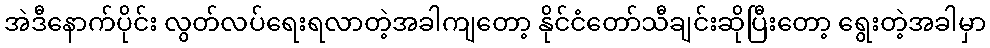
အဲဒီနောက်ပိုင်း လွတ်လပ်ရေးရလာတဲ့အခါကျတော့ နိုင်ငံတော်သီချင်းဆိုပြီးတော့ ရွေးတဲ့အခါမှာ